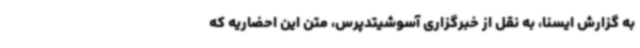
به گزارش ایسنا، به نقل از خبرگزاری آسوشیتدپرس، متن این احضاریه که